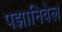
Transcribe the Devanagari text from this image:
पझानिवेल